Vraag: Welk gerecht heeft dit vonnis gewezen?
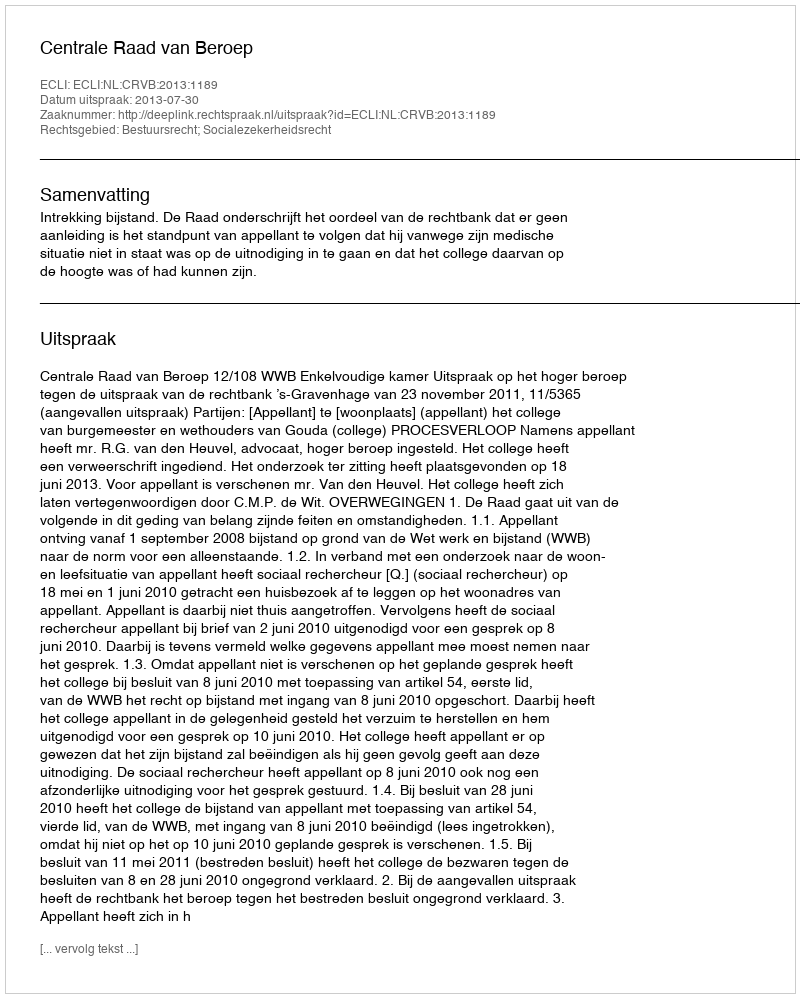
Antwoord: Centrale Raad van Beroep